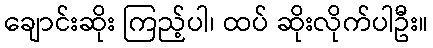
ချောင်းဆိုး ကြည့်ပါ၊ ထပ် ဆိုးလိုက်ပါဦး။